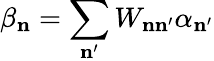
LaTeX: \beta_{\mathbf{n}}=\sum_{\mathbf{n}^{\prime}}W_{\mathbf{n}\mathbf{n}^{\prime}}\alpha_{\mathbf{n}^{\prime}}